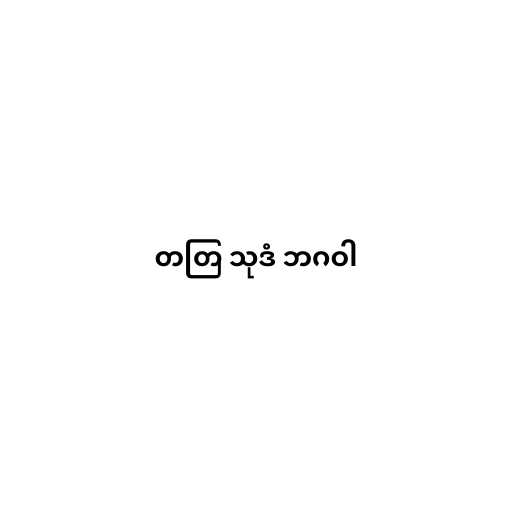
တတြ သုဒံ ဘဂဝါ